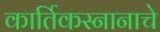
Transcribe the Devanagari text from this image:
कार्तिकस्नानाचे